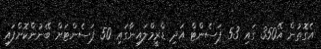
އެގޮތުން އޭ350 ގައި 53 ޕަސެންޓް އަދި ޑްރީމްލައިނާގައި 50 ޕަސެންޓަށް ބޭނުންކޮށްފައި